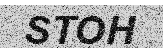
STOH